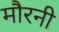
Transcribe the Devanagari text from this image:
मौरनी